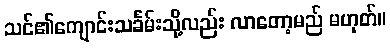
သင်၏ကျောင်းသင်္ခမ်းသို့လည်း လာတော့မည် မဟုတ်။